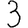
Digit: 3